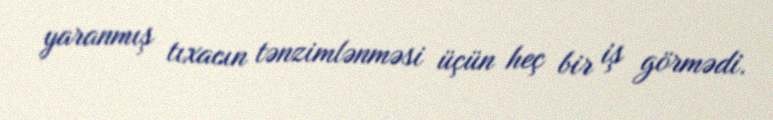
yaranmış tıxacın tənzimlənməsi üçün heç bir iş görmədi.